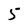
Character: 5